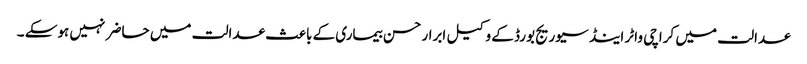
عدالت میں کراچی واٹر اینڈ سیوریج بورڈ کے وکیل ابرار حسن بیماری کے باعث عدالت میں حاضر نہیں ہوسکے ۔